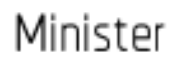
Minister